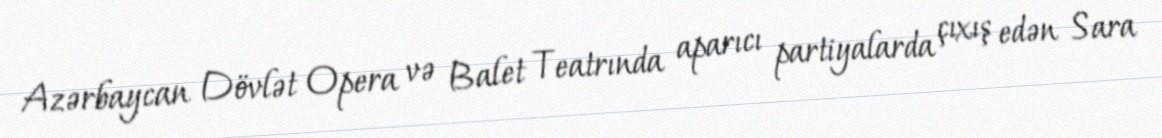
Azərbaycan Dövlət Opera və Balet Teatrında aparıcı partiyalarda çıxış edən Sara